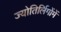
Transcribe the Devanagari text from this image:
ज्योतिर्लिगोंमें